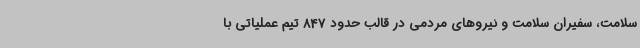
سلامت، سفیران سلامت و نیروهای مردمی در قالب حدود 847 تیم عملیاتی با